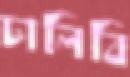
ঢালিবি